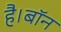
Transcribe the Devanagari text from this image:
है।बॉन